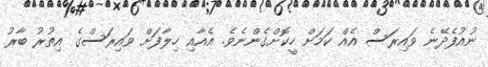
ނުއުފެދޭނެ ވައިރަސް އެއް ކަމަށް ހީކޮށްގެންނެވެ. އެއާއި ހިލާފަށް ވައިރަސްގެ އިތުރު ބާރު